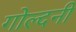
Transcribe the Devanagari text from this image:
गोल्दनी